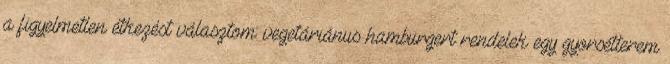
a figyelmetlen étkezést választom: vegetáriánus hamburgert rendelek egy gyorsétterem